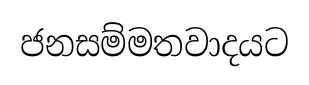
ජනසම්මතවාදයට